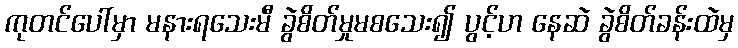
ကုတင်ပေါ်မှာ မနားရသေးမီ ခွဲစိတ်မှုမစသေး၍ ပွင့်ဟ နေဆဲ ခွဲစိတ်ခန်းထဲမှ